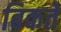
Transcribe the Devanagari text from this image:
बिकतें